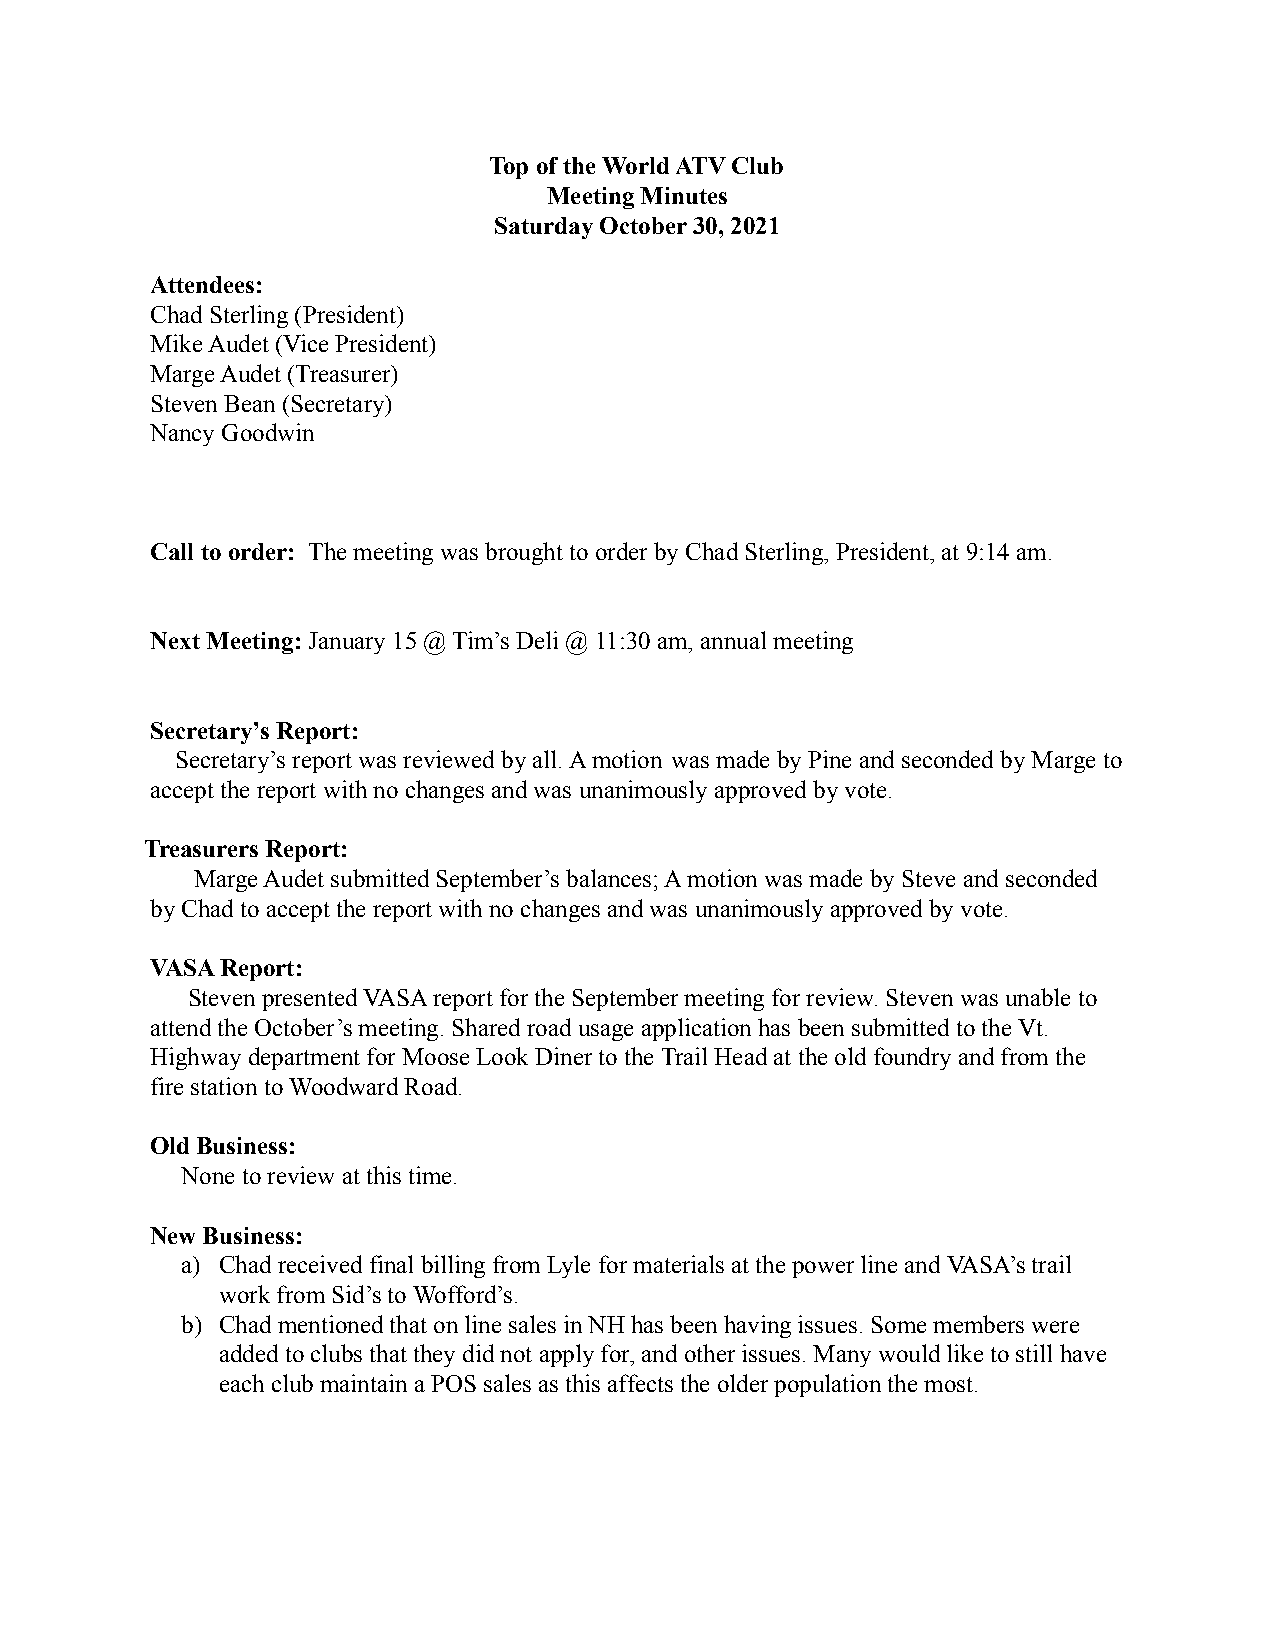
Top of the World ATV Club
 Meeting Minutes
 Saturday October 30, 2021
 Attendees:
 Chad Sterling (President)
 Mike Audet (Vice President)
 Marge Audet (Treasurer)
 Steven Bean (Secretary)
 Nancy Goodwin
 Call to order: The meeting was brought to order byChad Sterling, President, at 9:14 am.
 Next Meeting:January 15 @ Tim’s Deli @ 11:30 am, annual meeting
 Secretary’s Report:
 Secretary’s report was reviewed by all. A motion was made by Pine and seconded by Marge to
 accept the report with no changes and was unanimously approved by vote.
 Treasurers Report:
 Marge Audet submitted September’s balances; A motion was made by Steve and seconded
 by Chad to accept the report with no changes and was unanimously approved by vote.
 VASA Report:
 Steven presented VASA report for the September meeting for review. Steven was unable to
 attend the October’s meeting. Shared road usage application has been submitted to the Vt.
 Highway department for Moose Look Diner to the Trail Head at the old foundry and from the
 fire station to Woodward Road.
 Old Business:
 None to review at this time.
 New Business:
 a) Chad received final billing from Lyle for materials at the power line and VASA’s trail
 work from Sid’s to Wofford’s.
 b) Chad mentioned that on line sales in NH has been having issues. Some members were
 added to clubs that they did not apply for, and other issues. Many would like to still have
 each club maintain a POS sales as this affects the older population the most.